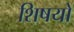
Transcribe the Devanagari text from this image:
शिषयों